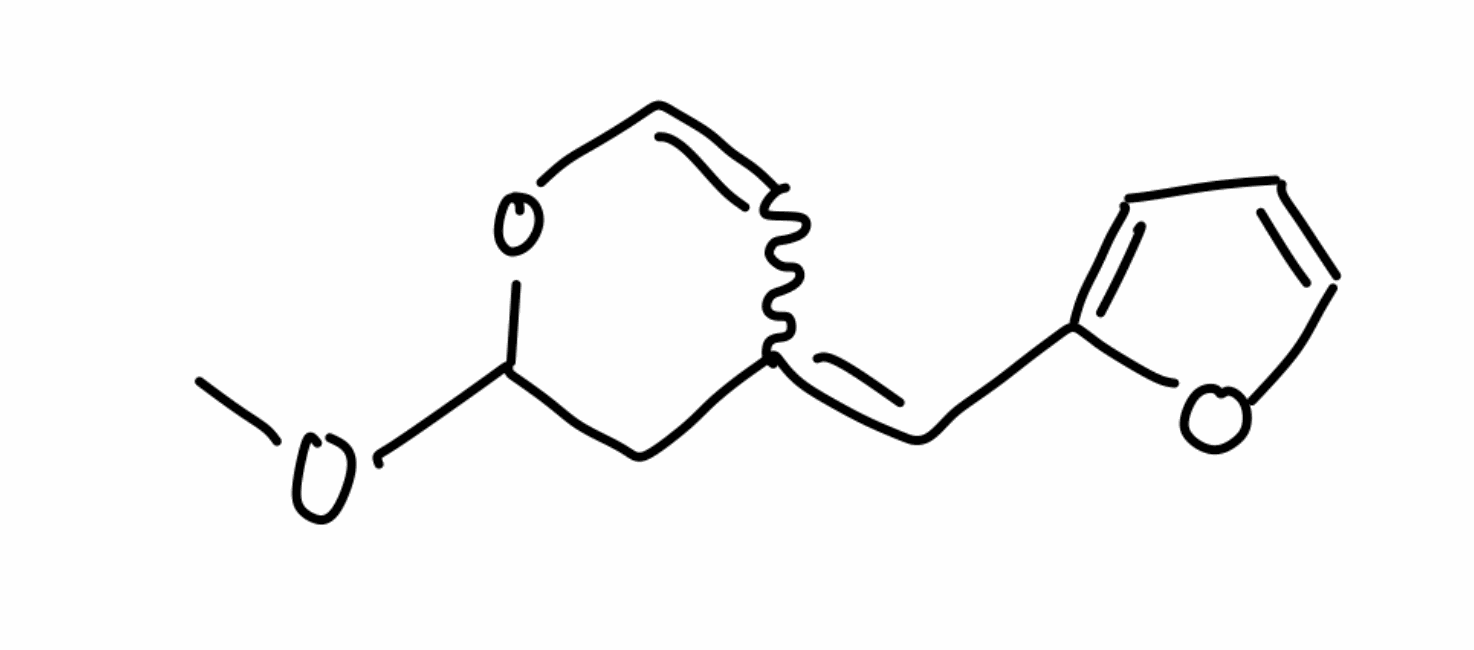
Simplified molecular-input line-entry system (SMILES) notation of the given molecule:
COC1C(=O)C(=CC2=CC=CO2)C=CO1